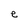
Character: e